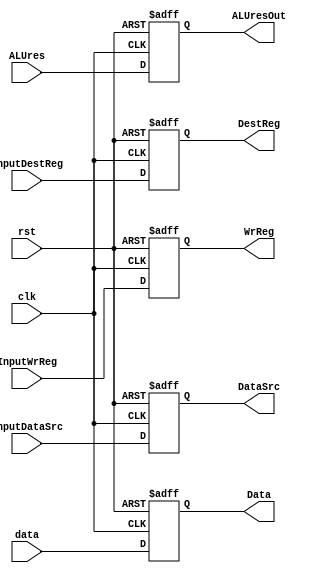
module MEMandWB(input clk, rst, input[31:0] data,input[31:0] ALUres, input InputWrReg, InputDataSrc, input[4:0] InputDestReg,
       output reg [31:0]ALUresOut, output reg [31:0] Data, output reg[4:0] DestReg, output reg WrReg, DataSrc);
       
       always@(posedge clk, posedge rst) begin
         if(rst) {ALUresOut, Data, DestReg, WrReg, DataSrc} <= 71'b0;
         else begin
            ALUresOut <= ALUres;
            Data <= data;
            DestReg <= InputDestReg;
            WrReg <= InputWrReg;
            DataSrc <= InputDataSrc;
         end
       end
  
endmodule